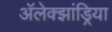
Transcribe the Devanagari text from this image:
अॅलेक्झांड्रिया